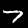
Label: 7